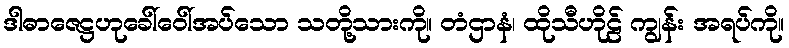
ဒါဓာဇေဋ္ဌဟုခေါ်ဝေါ်အပ်သော သတို့သားကို။ တံဌာနံ၊ ထိုသီဟိုဠ် ကျွန်း အရပ်ကို။